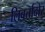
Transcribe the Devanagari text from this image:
लिबर्तादोर